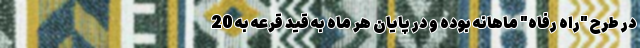
در طرح "راه رفاه" ماهانه بوده و در پایان هر ماه به قید قرعه به 20